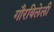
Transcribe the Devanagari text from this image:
गौरविलेली